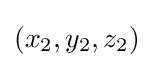
(x_{2},y_{2},z_{2})